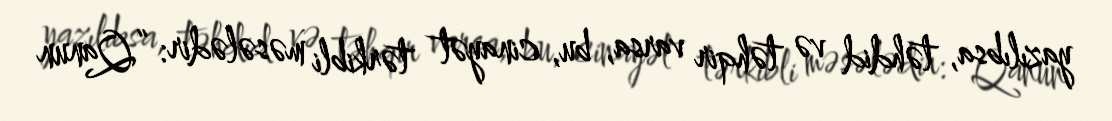
yazılıbsa, təhdid və təhqir varsa, bu, cinayət tərkibli məsələdir: “Qanun